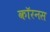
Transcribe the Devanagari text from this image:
कॉरनस